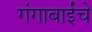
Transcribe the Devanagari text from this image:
गंगाबाईंचे